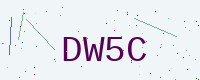
Text: DW5C